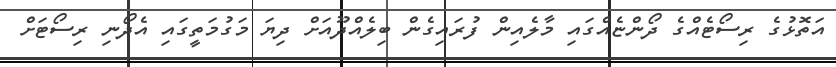
އަތޮޅުގެ ރިސޯޓެއްގެ ދޯންޏެއްގައި މާލެއިން ފުރައިގެން ބިލެއްދޫއަށް ދިޔަ މަގުމަތީގައި އެދޯނި ރިސޯޓަށް